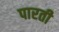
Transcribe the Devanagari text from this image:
पारती